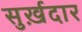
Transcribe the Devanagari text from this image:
सुर्ख़दार